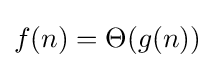
f(n)=\Theta (g(n))